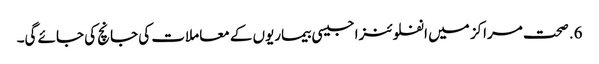
6. صحت مراکز میں انفلوئنزا جیسی بیماریوں کے معاملات کی جانچ کی جائے گی۔